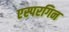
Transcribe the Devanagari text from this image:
एस्परगिन